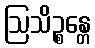
ဩသိဉ္စန္တေ